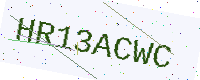
Text: HR13ACWC